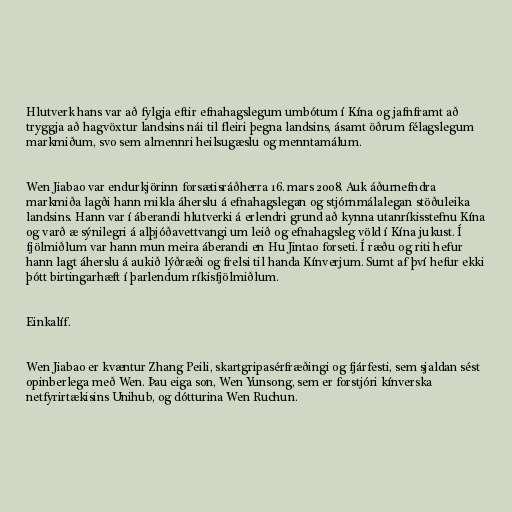
Hlutverk hans var að fylgja eftir efnahagslegum umbótum í Kína og jafnframt að
tryggja að hagvöxtur landsins nái til fleiri þegna landsins, ásamt öðrum félagslegum
markmiðum, svo sem almennri heilsugæslu og menntamálum.

Wen Jiabao var endurkjörinn forsætisráðherra 16. mars 2008. Auk áðurnefndra
markmiða lagði hann mikla áherslu á efnahagslegan og stjórnmálalegan stöðuleika
landsins. Hann var í áberandi hlutverki á erlendri grund að kynna utanríkisstefnu Kína
og varð æ sýnilegri á alþjóðavettvangi um leið og efnahagsleg völd í Kína jukust. Í
fjölmiðlum var hann mun meira áberandi en Hu Jintao forseti. Í ræðu og riti hefur
hann lagt áherslu á aukið lýðræði og frelsi til handa Kínverjum. Sumt af því hefur ekki
þótt birtingarhæft í þarlendum ríkisfjölmiðlum.

Einkalíf.

Wen Jiabao er kvæntur Zhang Peili, skartgripasérfræðingi og fjárfesti, sem sjaldan sést
opinberlega með Wen. Þau eiga son, Wen Yunsong, sem er forstjóri kínverska
netfyrirtækisins Unihub, og dótturina Wen Ruchun.